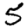
Digit: 5